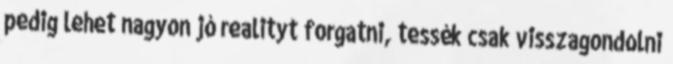
pedig lehet nagyon jó realityt forgatni, tessék csak visszagondolni